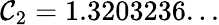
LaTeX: \mathcal{C}_{2}=1.3203236...